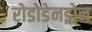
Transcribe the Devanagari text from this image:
रोडोडेनड्रोन